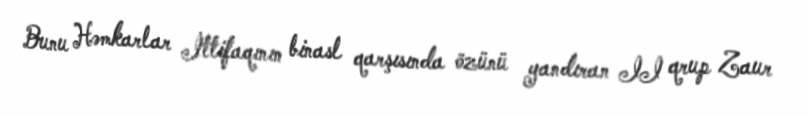
Bunu Həmkarlar İttifaqının binasl qarşısında özünü yandıran II qrup Zaur